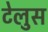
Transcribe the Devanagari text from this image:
टेलुस